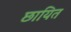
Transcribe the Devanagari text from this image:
छायित